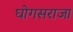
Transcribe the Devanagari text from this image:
घोगसराजा